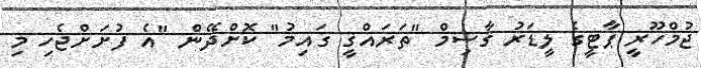
ޖުމްހޫރީ ޕާޓީގެ ލީޑަރު ޤާސިމް "ތަރައްޤީ ގައިމު" ކޮށްދޭން "އެ ފުށަށްޖެހި މި